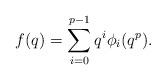
LaTeX: \begin{align*}f(q) = \sum_{i=0}^{p-1} q^i\phi_i(q^p).\end{align*}